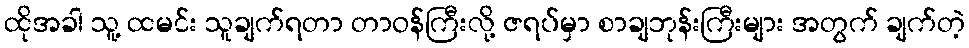
ထိုအခါ သူ့ ထမင်း သူချက်ရတာ တာဝန်ကြီးလို့ ဇရပ်မှာ စာချဘုန်းကြီးများ အတွက် ချက်တဲ့